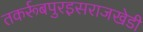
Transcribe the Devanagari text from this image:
तकर्रूबपुरइसराजखेडी